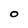
Character: O